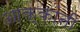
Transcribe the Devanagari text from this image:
आक्कांनी